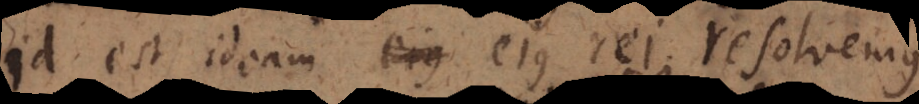
id est ideam ejus rei resolvemus